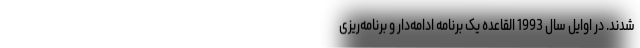
شدند. در اوایل سال 1993 القاعده یک برنامه ادامه‌دار و برنامه‌ریزی